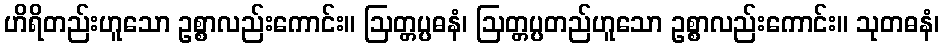
ဟိရိတည်းဟူသော ဥစ္စာလည်းကောင်း။ ဩတ္တပ္ပဓနံ၊ ဩတ္တပ္ပတည်ဟူသော ဥစ္စာလည်းကောင်း။ သုတဓနံ၊